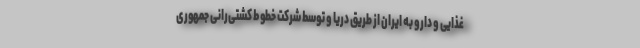
غذایی و دارو به ایران از طریق دریا و توسط شرکت خطوط کشتی‌رانی جمهوری